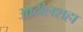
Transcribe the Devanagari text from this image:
आदीलशहा